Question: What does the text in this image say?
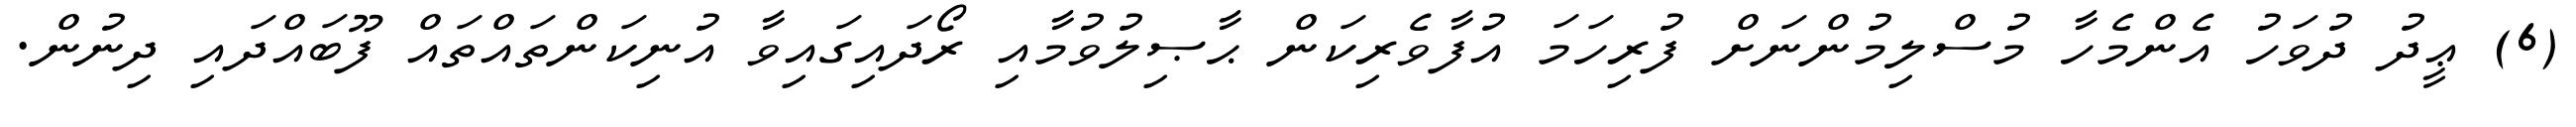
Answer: (6) ޢީދު ދުވަހު އެންމެހާ މުސްލިމުންނަށް ފުރިހަމަ އުފާވެރިކަން ޙާޞިލުވުމާއި ރޯދައިގައިވާ އުނިކަންތައްތައް ފޫބައްދައި ދިނުން.